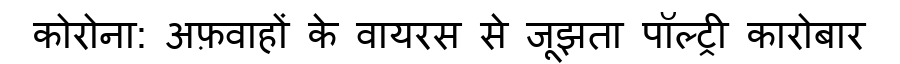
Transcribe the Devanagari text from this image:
कोरोना: अफ़वाहों के वायरस से जूझता पॉल्ट्री कारोबार